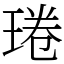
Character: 𤦔